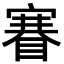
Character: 𥈽